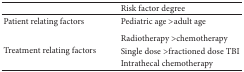
|  | Risk factor degree |
 | --- | --- |
 | Patient relating factors | Pediatric age >adult age |
 | <ROWSPAN=3> Treatment relating factors | Radiotherapy >chemotherapy |
 | Single dose >fractioned dose TBI |
 | Intrathecal chemotherapy |